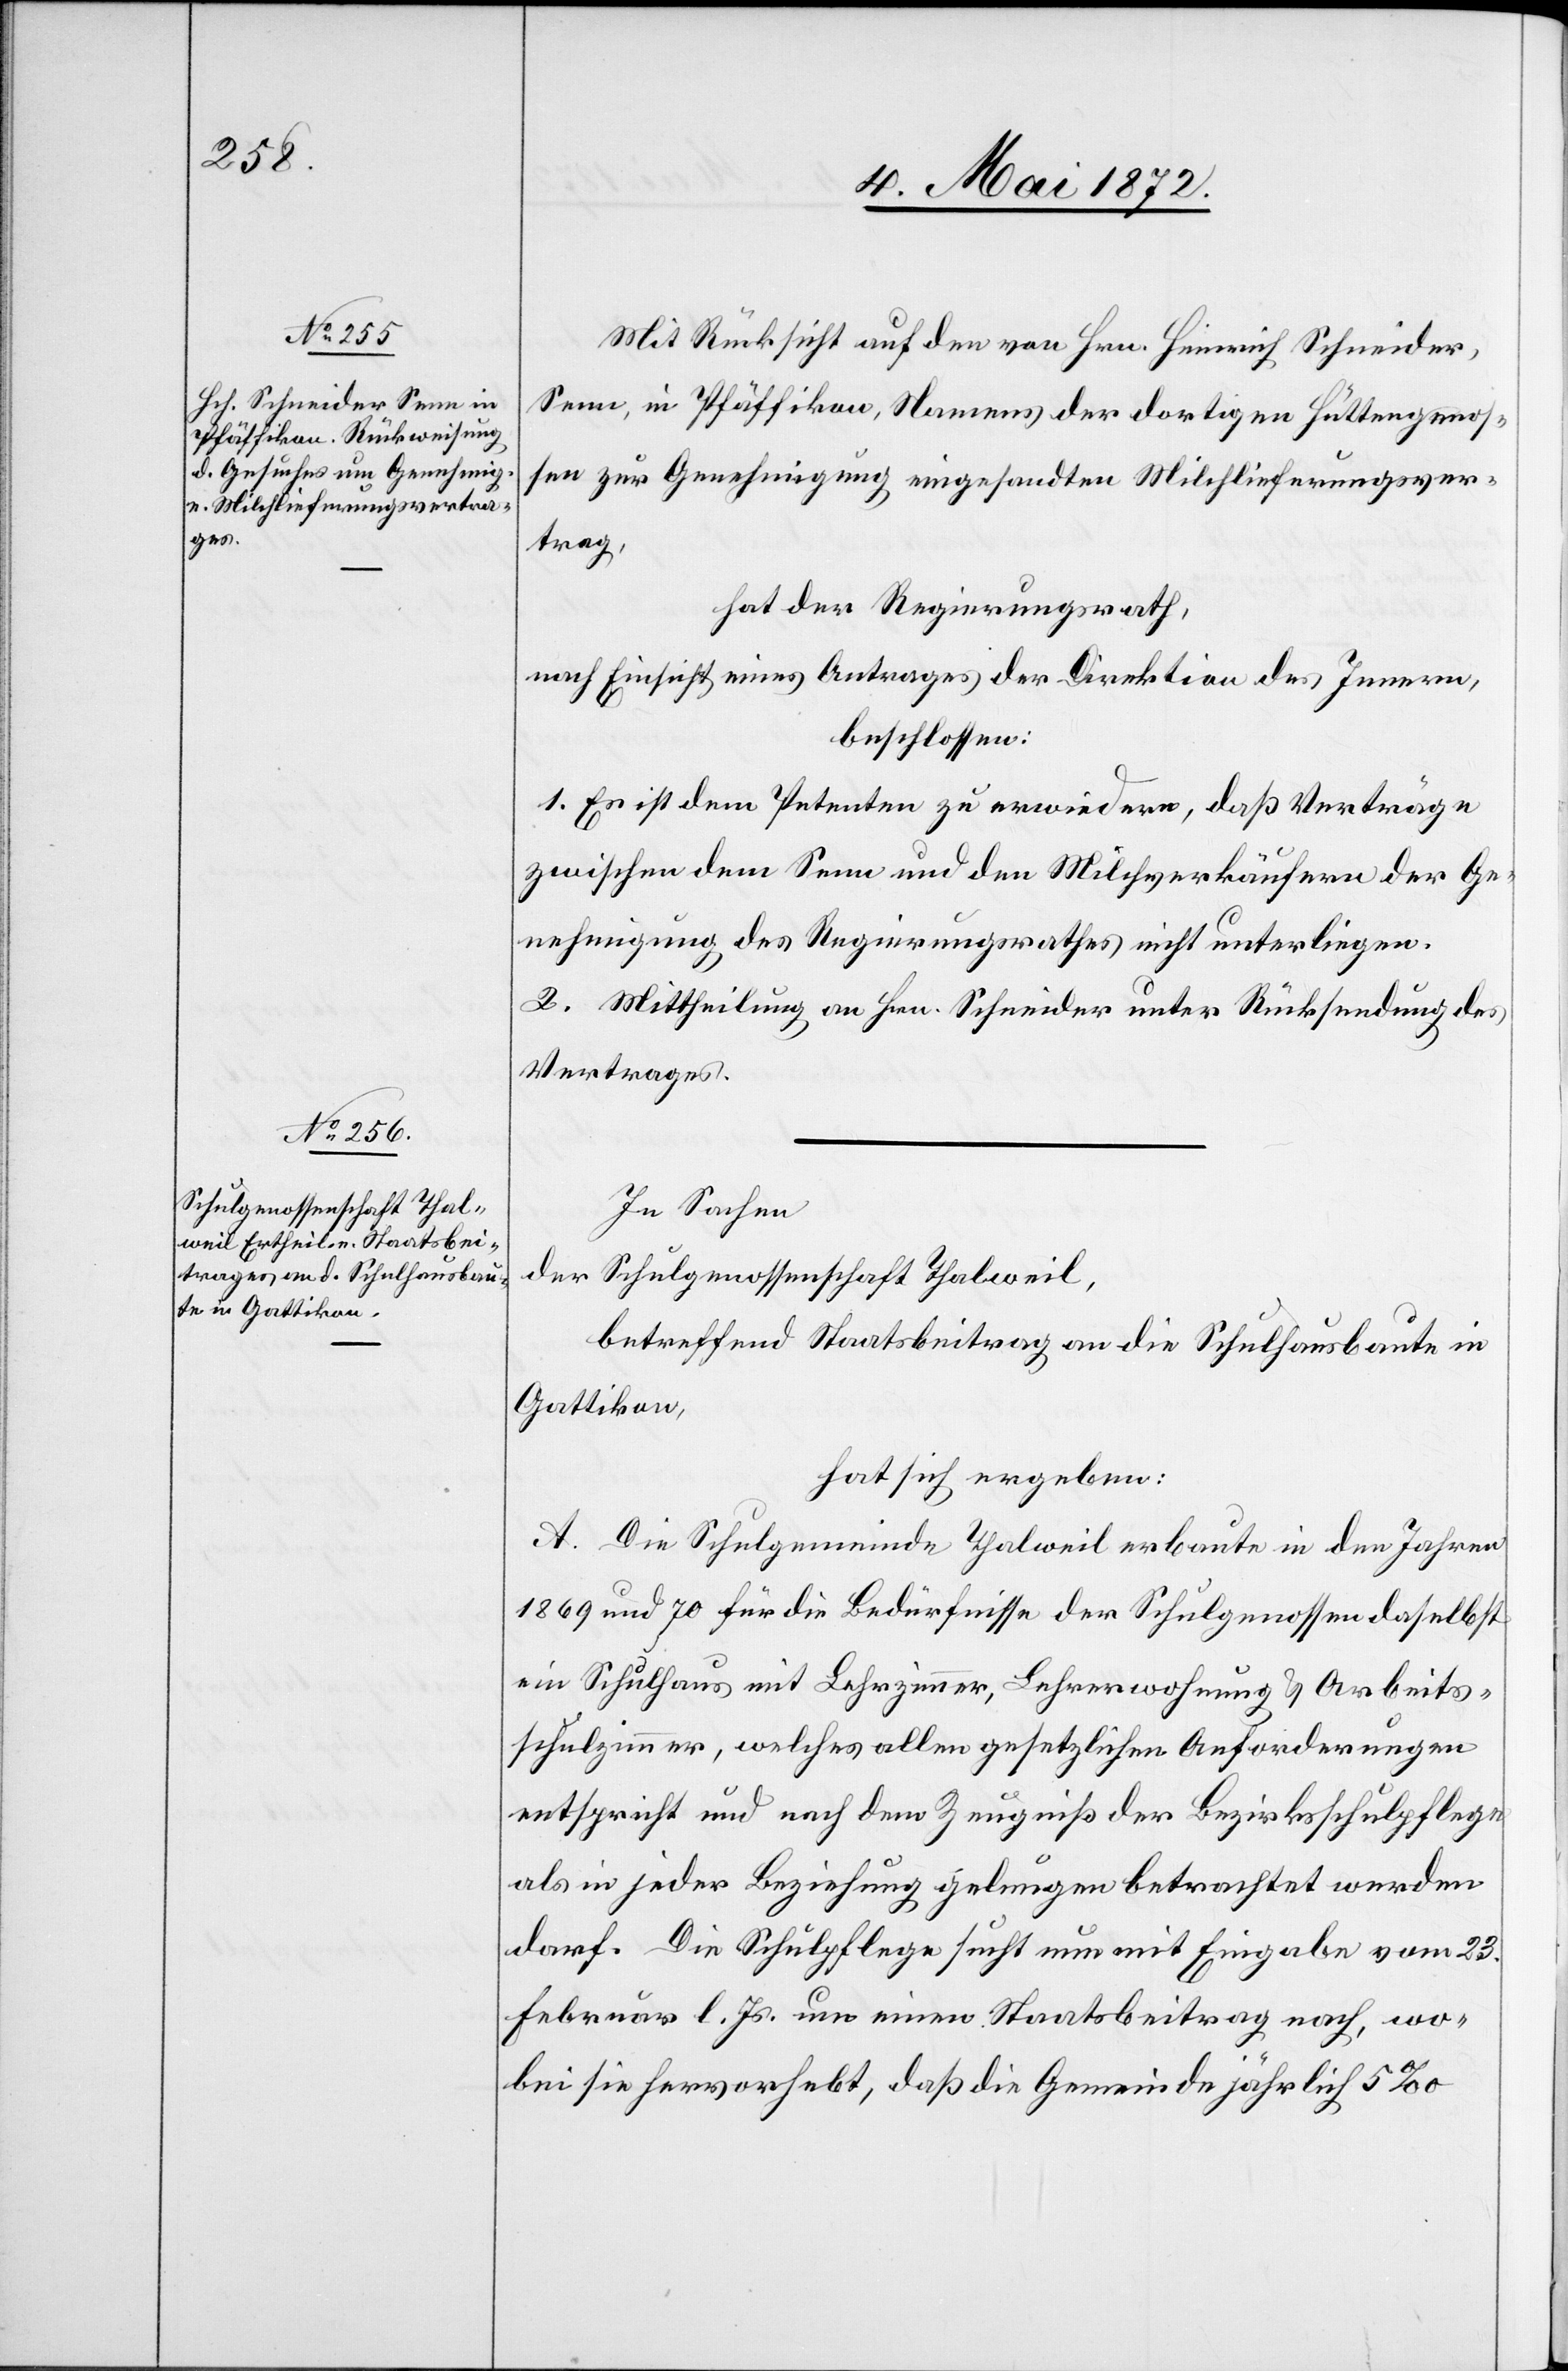
Mit Rücksicht auf den von Hrn. Heinrich Schneider,
Senn, in Pfäffikon, Namens der dortigen Hüttengenos¬
sen zur Genehmigung eingesandten Milchlieferungsver¬
trag,
hat der Regierungsrath,
nach Einsicht eines Antrages der Direktion des Innern,
beschlossen:
1. Es ist dem Petenten zu erwiedern, daß Verträge
zwischen dem Senn und den Milchverkäufern der Ge¬
nehmigung des Regierungsrathes nicht unterliegen.
2. Mittheilung an Hrn. Schneider unter Rücksendung des
Vertrages.
In Sachen
der Schulgenossenschaft Thalweil,
betreffend Staatsbeitrag an die Schulhausbaute in
Gattikon,
hat sich ergeben:
A. Die Schulgemeinde Thalweil erbaute in den Jahren
1869 und 70 für die Bedürfnisse der Schulgenossenschaft daselbst
ein Schulhaus mit Lehrzimmer, Lehrerwohnung u. Arbeits¬
schulzimmer, welches allen gesetzlichen Anforderungen
entspricht und nach dem Zeugniß der Bezirksschulpflege
als in jeder Beziehung gelungen betrachtet werden
darf. Die Schulpflege sucht nun mit Eingabe vom 23.
Februar l. Js. um einen Staatsbeitrag nach, wo¬
bei sie hervorhebt, daß die Gemeinde jährlich 5‰